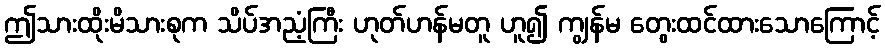
ဤသားထိုးမိသားစုက သိပ်အညံ့ကြီး ဟုတ်ဟန်မတူ ဟူ၍ ကျွန်မ တွေးထင်ထားသောကြောင့်